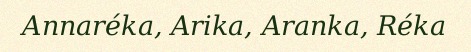
Annaréka, Arika, Aranka, Réka